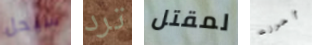
سيحل ترد لمقتل أحرزت